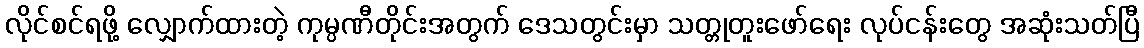
လိုင်စင်ရဖို့ လျှောက်ထားတဲ့ ကုမ္ပဏီတိုင်းအတွက် ဒေသတွင်းမှာ သတ္တုတူးဖော်ရေး လုပ်ငန်းတွေ အဆုံးသတ်ပြီ